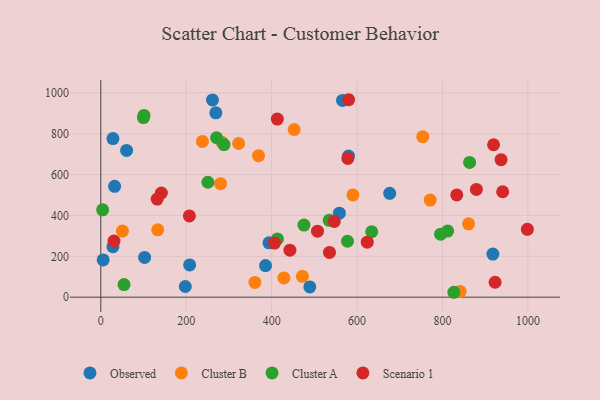
{"axis": {"x": "Experience", "y": "Exam Score"}, "legend": ["Cluster A", "Cluster B", "Observed", "Scenario 1"], "data": [{"x": "28.5", "y": 776.0, "type": "Observed"}, {"x": "28.5", "y": 247.2, "type": "Observed"}, {"x": "385.7", "y": 154.9, "type": "Observed"}, {"x": "558.6", "y": 411.2, "type": "Observed"}, {"x": "489.4", "y": 50.1, "type": "Observed"}, {"x": "197.9", "y": 52.2, "type": "Observed"}, {"x": "918.0", "y": 211.1, "type": "Observed"}, {"x": "60.4", "y": 718.0, "type": "Observed"}, {"x": "676.5", "y": 508.3, "type": "Observed"}, {"x": "393.8", "y": 266.0, "type": "Observed"}, {"x": "5.5", "y": 182.5, "type": "Observed"}, {"x": "566.0", "y": 962.7, "type": "Observed"}, {"x": "32.3", "y": 542.4, "type": "Observed"}, {"x": "269.4", "y": 902.3, "type": "Observed"}, {"x": "208.0", "y": 157.7, "type": "Observed"}, {"x": "580.0", "y": 690.8, "type": "Observed"}, {"x": "102.6", "y": 194.6, "type": "Observed"}, {"x": "261.5", "y": 965.2, "type": "Observed"}, {"x": "841.3", "y": 28.2, "type": "Cluster B"}, {"x": "452.8", "y": 820.4, "type": "Cluster B"}, {"x": "753.9", "y": 785.6, "type": "Cluster B"}, {"x": "237.9", "y": 762.1, "type": "Cluster B"}, {"x": "50.7", "y": 323.5, "type": "Cluster B"}, {"x": "428.6", "y": 94.2, "type": "Cluster B"}, {"x": "322.7", "y": 752.1, "type": "Cluster B"}, {"x": "771.3", "y": 475.4, "type": "Cluster B"}, {"x": "472.1", "y": 102.1, "type": "Cluster B"}, {"x": "284.0", "y": 757.7, "type": "Cluster B"}, {"x": "590.4", "y": 500.3, "type": "Cluster B"}, {"x": "280.4", "y": 555.6, "type": "Cluster B"}, {"x": "861.1", "y": 359.2, "type": "Cluster B"}, {"x": "369.3", "y": 692.3, "type": "Cluster B"}, {"x": "133.3", "y": 329.6, "type": "Cluster B"}, {"x": "360.8", "y": 72.0, "type": "Cluster B"}, {"x": "99.9", "y": 878.8, "type": "Cluster A"}, {"x": "4.3", "y": 427.3, "type": "Cluster A"}, {"x": "475.7", "y": 352.7, "type": "Cluster A"}, {"x": "271.1", "y": 780.3, "type": "Cluster A"}, {"x": "250.8", "y": 562.5, "type": "Cluster A"}, {"x": "101.1", "y": 889.4, "type": "Cluster A"}, {"x": "795.7", "y": 308.1, "type": "Cluster A"}, {"x": "54.4", "y": 61.6, "type": "Cluster A"}, {"x": "812.0", "y": 323.5, "type": "Cluster A"}, {"x": "634.3", "y": 320.1, "type": "Cluster A"}, {"x": "826.7", "y": 24.0, "type": "Cluster A"}, {"x": "577.6", "y": 273.6, "type": "Cluster A"}, {"x": "863.5", "y": 659.6, "type": "Cluster A"}, {"x": "413.6", "y": 285.2, "type": "Cluster A"}, {"x": "288.5", "y": 746.8, "type": "Cluster A"}, {"x": "534.8", "y": 376.0, "type": "Cluster A"}, {"x": "940.9", "y": 515.9, "type": "Scenario 1"}, {"x": "141.9", "y": 509.8, "type": "Scenario 1"}, {"x": "442.8", "y": 229.9, "type": "Scenario 1"}, {"x": "937.2", "y": 673.1, "type": "Scenario 1"}, {"x": "879.4", "y": 527.1, "type": "Scenario 1"}, {"x": "406.8", "y": 265.0, "type": "Scenario 1"}, {"x": "413.3", "y": 871.5, "type": "Scenario 1"}, {"x": "833.5", "y": 500.6, "type": "Scenario 1"}, {"x": "30.9", "y": 274.5, "type": "Scenario 1"}, {"x": "578.4", "y": 679.2, "type": "Scenario 1"}, {"x": "507.4", "y": 323.2, "type": "Scenario 1"}, {"x": "207.5", "y": 397.8, "type": "Scenario 1"}, {"x": "919.6", "y": 745.9, "type": "Scenario 1"}, {"x": "923.2", "y": 73.0, "type": "Scenario 1"}, {"x": "546.7", "y": 370.8, "type": "Scenario 1"}, {"x": "535.4", "y": 218.9, "type": "Scenario 1"}, {"x": "132.1", "y": 480.0, "type": "Scenario 1"}, {"x": "623.9", "y": 269.2, "type": "Scenario 1"}, {"x": "998.8", "y": 331.9, "type": "Scenario 1"}, {"x": "580.3", "y": 966.3, "type": "Scenario 1"}]}